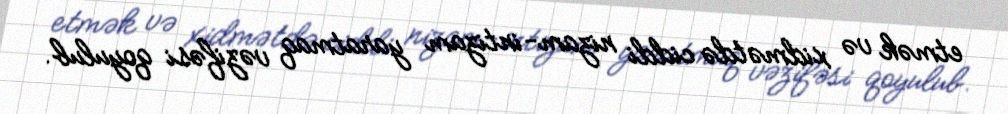
etmək və xidmətdə ciddi nizam-intizam yaratmaq vəzifəsi qoyulub.